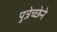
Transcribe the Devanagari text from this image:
पुत्रेच्छेने